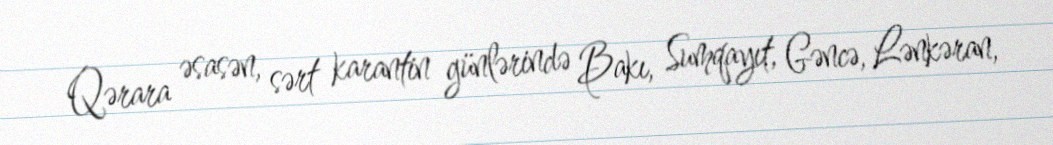
Qərara əsasən, sərt karantin günlərində Bakı, Sumqayıt, Gəncə, Lənkəran,